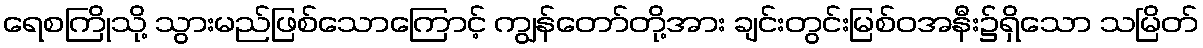
ရေစကြိုသို့ သွားမည်ဖြစ်သောကြောင့် ကျွန်တော်တို့အား ချင်းတွင်းမြစ်ဝအနီး၌ရှိသော သမြိတ်